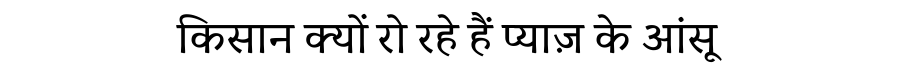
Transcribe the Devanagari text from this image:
किसान क्यों रो रहे हैं प्याज़ के आंसू